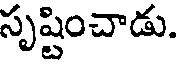
సృష్టించాడు.